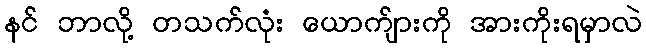
နင် ဘာလို့ တသက်လုံး ယောက်ျားကို အားကိုးရမှာလဲ